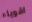
اقوياء